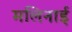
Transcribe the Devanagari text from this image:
मलिनाई